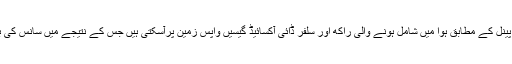
اقوام متحدہ کے ماحولیاتی پینل کے مطابق ہوا میں شامل ہونے والی راکھ اور سلفر ڈائی آکسائیڈ گیسیں واپس زمین پرآسکتی ہیں جس کے نتیجے میں سانس کی بیماریاں پیدا ہو سکتی ہے۔